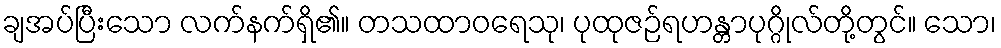
ချအပ်ပြီးသော လက်နက်ရှိ၏။ တသထာဝရေသု၊ ပုထုဇဉ်ရဟန္တာပုဂ္ဂိုလ်တို့တွင်။ သော၊